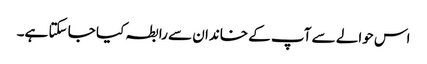
اس حوالے سے آپ کے خاندان سے رابطہ کیا جا سکتا ہے۔